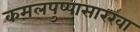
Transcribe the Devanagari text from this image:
कमलपुष्पासारखा